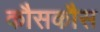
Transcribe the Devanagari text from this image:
कौसकौस